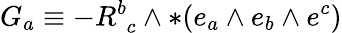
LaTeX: G_{a}\equiv-R_{\, \, c}^{b}\wedge*(e_{a}\wedge e_{b}\wedge e^{c})